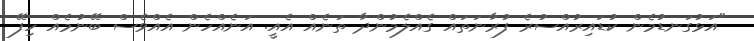
"އަޅުގަނޑުމެން ކުޑައިރުއްސުރެ ފުރާނަތައް ގެއްލެމުންދާ ތަނެއް އެއީ. އަނެއްހެން އެއްވެސް ބޭނުމެއް ހިފޭ